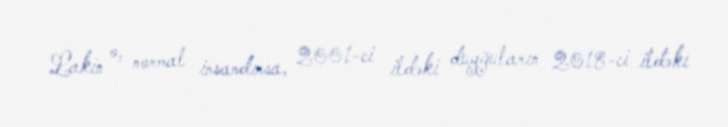
Lakin o, normal insandırsa, 2001-ci ildəki duyğuların 2018-ci ildəki